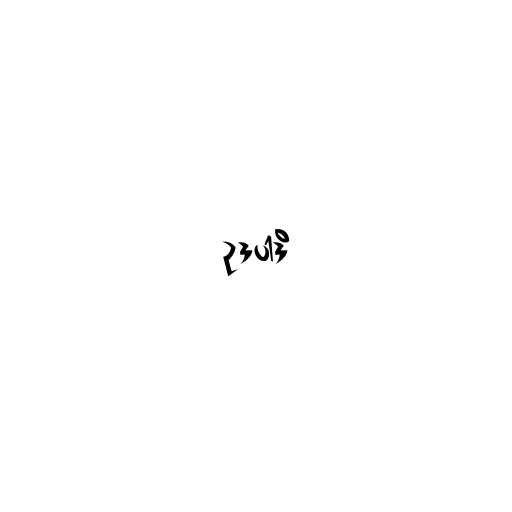
ဥဒပါဒိ